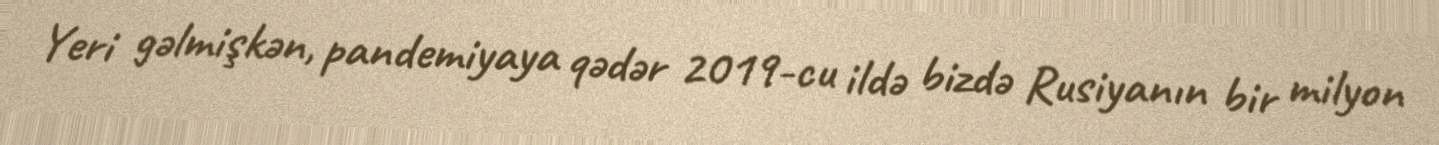
Yeri gəlmişkən, pandemiyaya qədər 2019-cu ildə bizdə Rusiyanın bir milyon